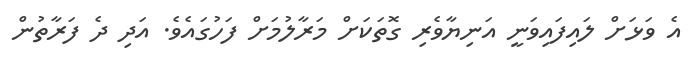
އެ ވަޅަށް ލައިފައިވަނީ އަނިޔާވެރި ގޮތަކަށް މަރާލުމަށް ފަހުގައެވެ. އަދި ދެ ފަރާތުން